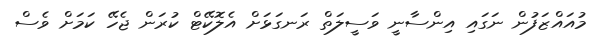
މުއައްޒަފުން ނަގައި އިންސާނީ ވަސީލަތް ރަނގަޅަށް އެލޮކޭޓް ކުރަން ޖެހޭ ކަމަށް ވެސް